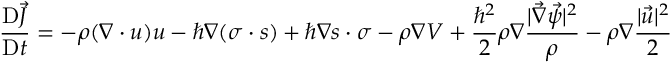
\frac { \mathrm { D } \vec { J } } { \mathrm { D } t } = - \rho ( \boldsymbol { \nabla } \cdot \boldsymbol { u } ) \boldsymbol { u } - \hbar \boldsymbol { \nabla } ( \boldsymbol { \sigma } \cdot \boldsymbol { s } ) + \hbar \boldsymbol { \nabla } \boldsymbol { s } \cdot \boldsymbol { \sigma } - \rho \boldsymbol { \nabla } V + \frac { { \hbar } ^ { 2 } } { 2 } \rho \boldsymbol { \nabla } \frac { | \vec { \nabla } \vec { \psi } | ^ { 2 } } { \rho } - \rho \boldsymbol { \nabla } \frac { | \vec { u } | ^ { 2 } } { 2 }